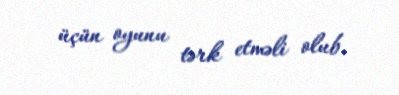
üçün oyunu tərk etməli olub.